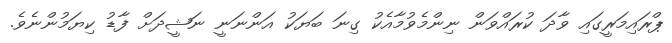
ޕްރައިމަރީގައި ވާދަ ކުރައްވަން ނިންމެވުމާއެކު ގިނަ ބަޔަކު އަންނަނީ ނަޝީދަށް ފާޑު ކިޔަމުންނެވެ.